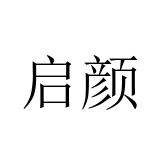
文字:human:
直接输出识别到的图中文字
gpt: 启颜